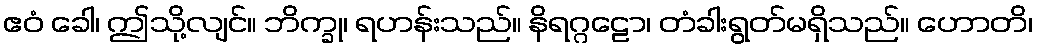
ဧဝံ ခေါ၊ ဤသို့လျင်။ ဘိက္ခု၊ ရဟန်းသည်။ နိရဂ္ဂဠော၊ တံခါးရွတ်မရှိသည်။ ဟောတိ၊